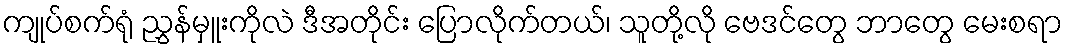
ကျုပ်စက်ရုံ ညွှန်မှူးကိုလဲ ဒီအတိုင်း ပြောလိုက်တယ်၊ သူတို့လို ဗေဒင်တွေ ဘာတွေ မေးစရာ